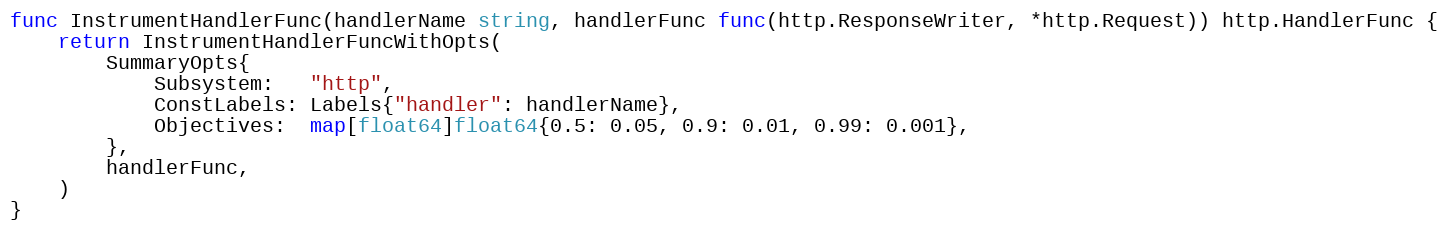
Language: Go
func InstrumentHandlerFunc(handlerName string, handlerFunc func(http.ResponseWriter, *http.Request)) http.HandlerFunc {
	return InstrumentHandlerFuncWithOpts(
		SummaryOpts{
			Subsystem:   "http",
			ConstLabels: Labels{"handler": handlerName},
			Objectives:  map[float64]float64{0.5: 0.05, 0.9: 0.01, 0.99: 0.001},
		},
		handlerFunc,
	)
}